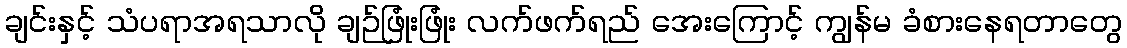
ချင်းနှင့် သံပရာအရသာလို ချဉ်ဖြုံးဖြုံး လက်ဖက်ရည် အေးကြောင့် ကျွန်မ ခံစားနေရတာတွေ